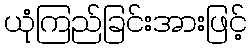
ယုံကြည်ခြင်းအားဖြင့်